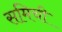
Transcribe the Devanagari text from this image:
समिची